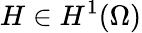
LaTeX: H\in H^{1}(\Omega)